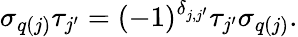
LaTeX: \sigma_{q(j)}\tau_{j^{\prime}}=(-1)^{\delta{_{j,j^{\prime}}}}\tau_{j^{\prime}}\sigma_{q(j)}.